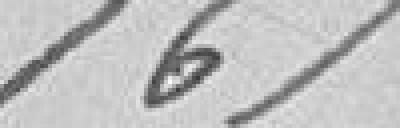
161